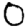
Digit: 0